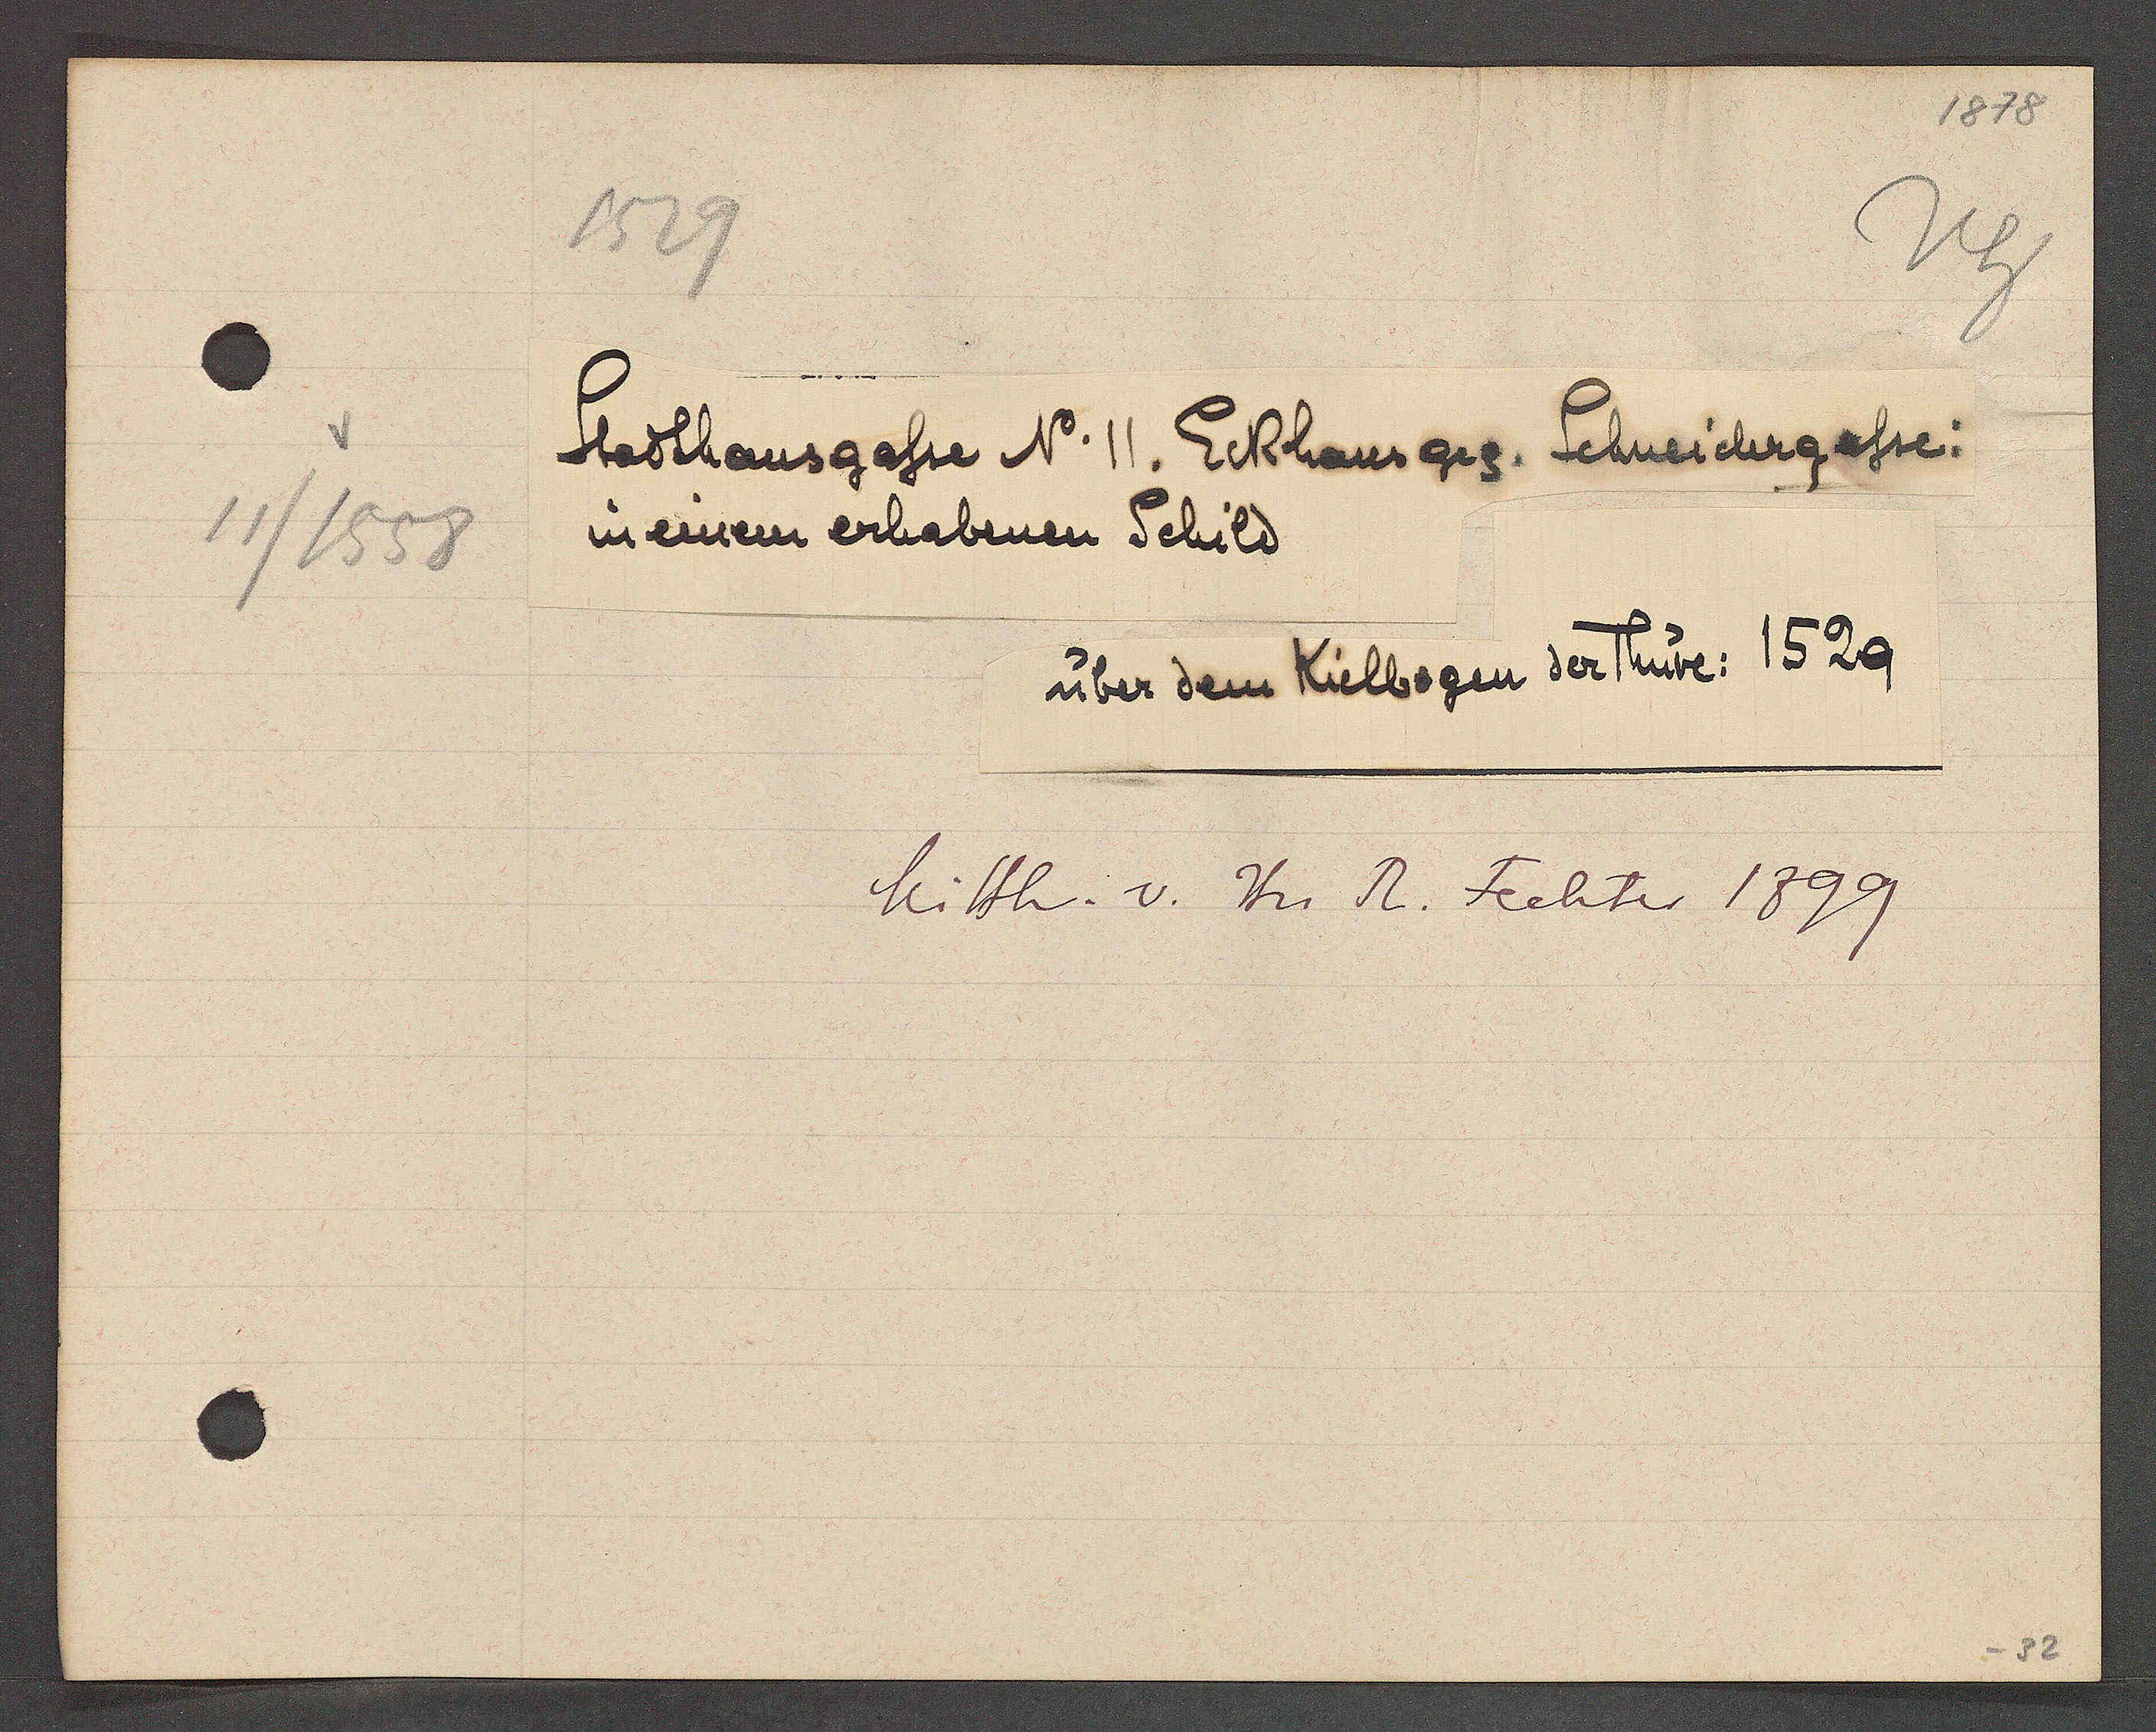
Transcript:
11/1558

1529

Stadthausgasse No. 11. Eckhaus ges. Schneidergasse
in einem erhabenen Schild
über dem Kielbogen der Thüre: 1529

Mitth. v. Hu R. Fechter 1899